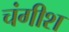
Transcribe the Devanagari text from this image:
चंगीश